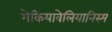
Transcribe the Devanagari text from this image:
मेकियावेलियानिस्म